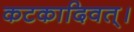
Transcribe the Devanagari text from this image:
कटकादिवत्।